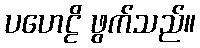
ပဟေဠိ ဖွက်သည်။